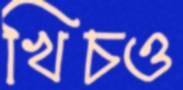
খিচও